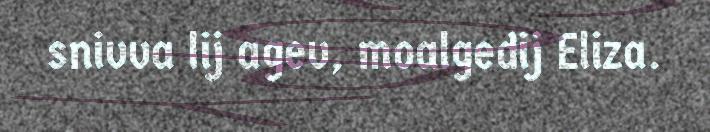
snivva lij agev, moalgedij Eliza.